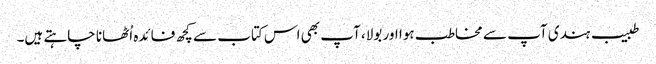
طبیب ہندی آپ سے مخاطب ہوا اور بولا، آپ بھی اس کتاب سے کچھ فائدہ اُٹھانا چاہتے ہیں۔